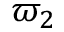
\varpi _ { 2 }